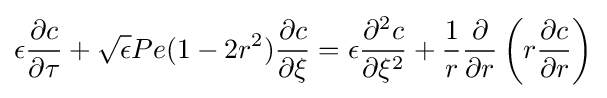
\epsilon {\frac {\partial c}{\partial \tau }}+{\sqrt {\epsilon }}Pe(1-2r^{2}){\frac {\partial c}{\partial \xi }}=\epsilon {\frac {\partial ^{2}c}{\partial \xi ^{2}}}+{\frac {1}{r}}{\frac {\partial }{\partial r}}\left(r{\frac {\partial c}{\partial r}}\right)